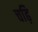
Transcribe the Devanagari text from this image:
चढ़ि